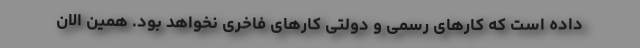
داده است که کارهای رسمی و دولتی کارهای فاخری نخواهد بود. همین الان